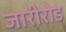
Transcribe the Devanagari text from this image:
जारीरोड